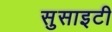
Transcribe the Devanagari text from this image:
सुसाइटी